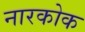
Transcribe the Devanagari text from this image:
नारकोक